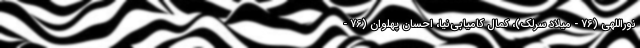
نوراللهی (76 - میلاد سرلک)، کمال کامیابی‌نیا، احسان پهلوان‌ (76 -